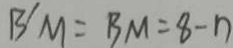
B ^ { \prime } M = B M = 8 - n